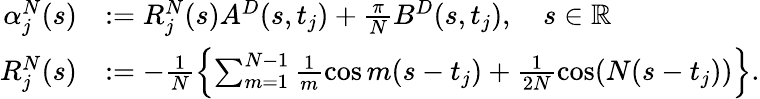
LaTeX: \begin{array}{rl}{\alpha_{j}^{N}(s)}&{:=R_{j}^{N}(s)A^{D}(s,t_{j})+\frac{\pi}{N}B^{D}(s,t_{j}),\quad s\in\mathbb{R}}\\ {R_{j}^{N}(s)}&{:=-\frac{1}{N}\left\{ \sum_{m=1}^{N-1}\frac{1}{m}\cos m(s-t_{j})+\frac{1}{2N}\cos(N(s-t_{j}))\right\} .}\end{array}